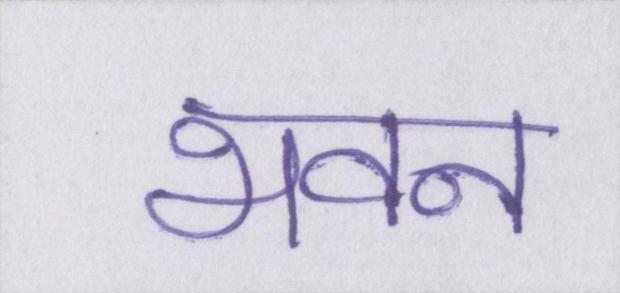
भवन